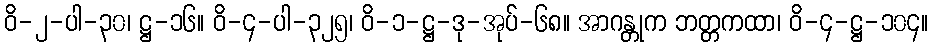
ဝိ-၂-ပါ-၃၀၊ ဋ္ဌ-၁၆။ ဝိ-၄-ပါ-၃၂၅၊ ဝိ-၁-ဋ္ဌ-ဒု-အုပ်-၆၈။ အာဂန္တုက ဘတ္တကထာ၊ ဝိ-၄-ဋ္ဌ-၁၀၄။